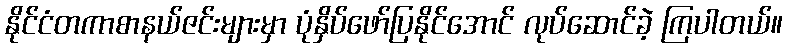
နိုင်ငံတကာစာနယ်ဇင်းများမှာ ပုံနှိပ်ဖော်ပြနိုင်အောင် လုပ်ဆောင်ခဲ့ ကြပါတယ်။